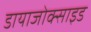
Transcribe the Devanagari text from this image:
डायाजोक्साइड